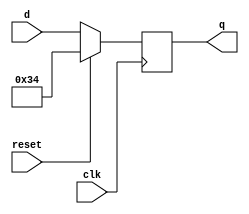
module top_module (
    input clk,
    input reset,
    input [7:0] d,
    output [7:0] q
);

    always@(negedge clk) begin
        if(reset == 1)
        	q <= 8'h0x34;
        else begin
            q <= d;
    	end
    end
endmodule